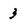
Character: 3